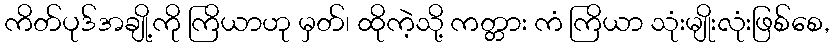
ကိတ်ပုဒ်အချို့ကို ကြိယာဟု မှတ်၊ ထိုကဲ့သို့ ကတ္တား ကံ ကြိယာ သုံးမျိုးလုံးဖြစ်စေ,